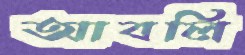
আবলি